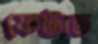
ফেটাত